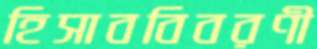
হিসাববিবরণী